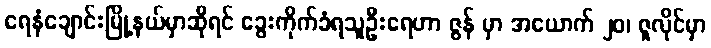
ရေနံချောင်းမြို့နယ်မှာဆိုရင် ခွေးကိုက်ခံရသူဦးရေဟာ ဇွန် မှာ အယောက် ၂၀၊ ဇူလိုင်မှာ